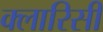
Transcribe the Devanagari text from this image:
क्लारिसी